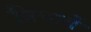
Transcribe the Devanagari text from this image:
विचारों